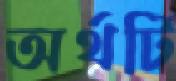
অর্থটি